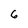
Character: 6